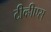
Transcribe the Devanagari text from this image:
टीव्हीएस्